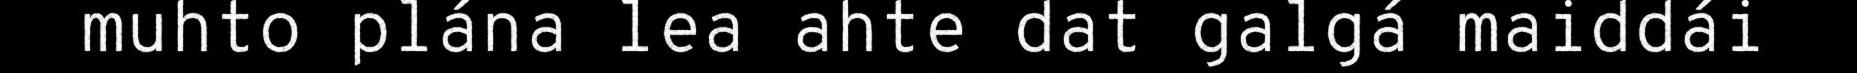
muhto plána lea ahte dat galgá maiddái